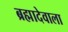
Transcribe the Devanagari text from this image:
ब्रह्मादेवाला